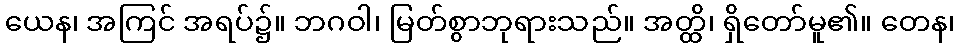
ယေန၊ အကြင် အရပ်၌။ ဘဂဝါ၊ မြတ်စွာဘုရားသည်။ အတ္ထိ၊ ရှိတော်မူ၏။ တေန၊